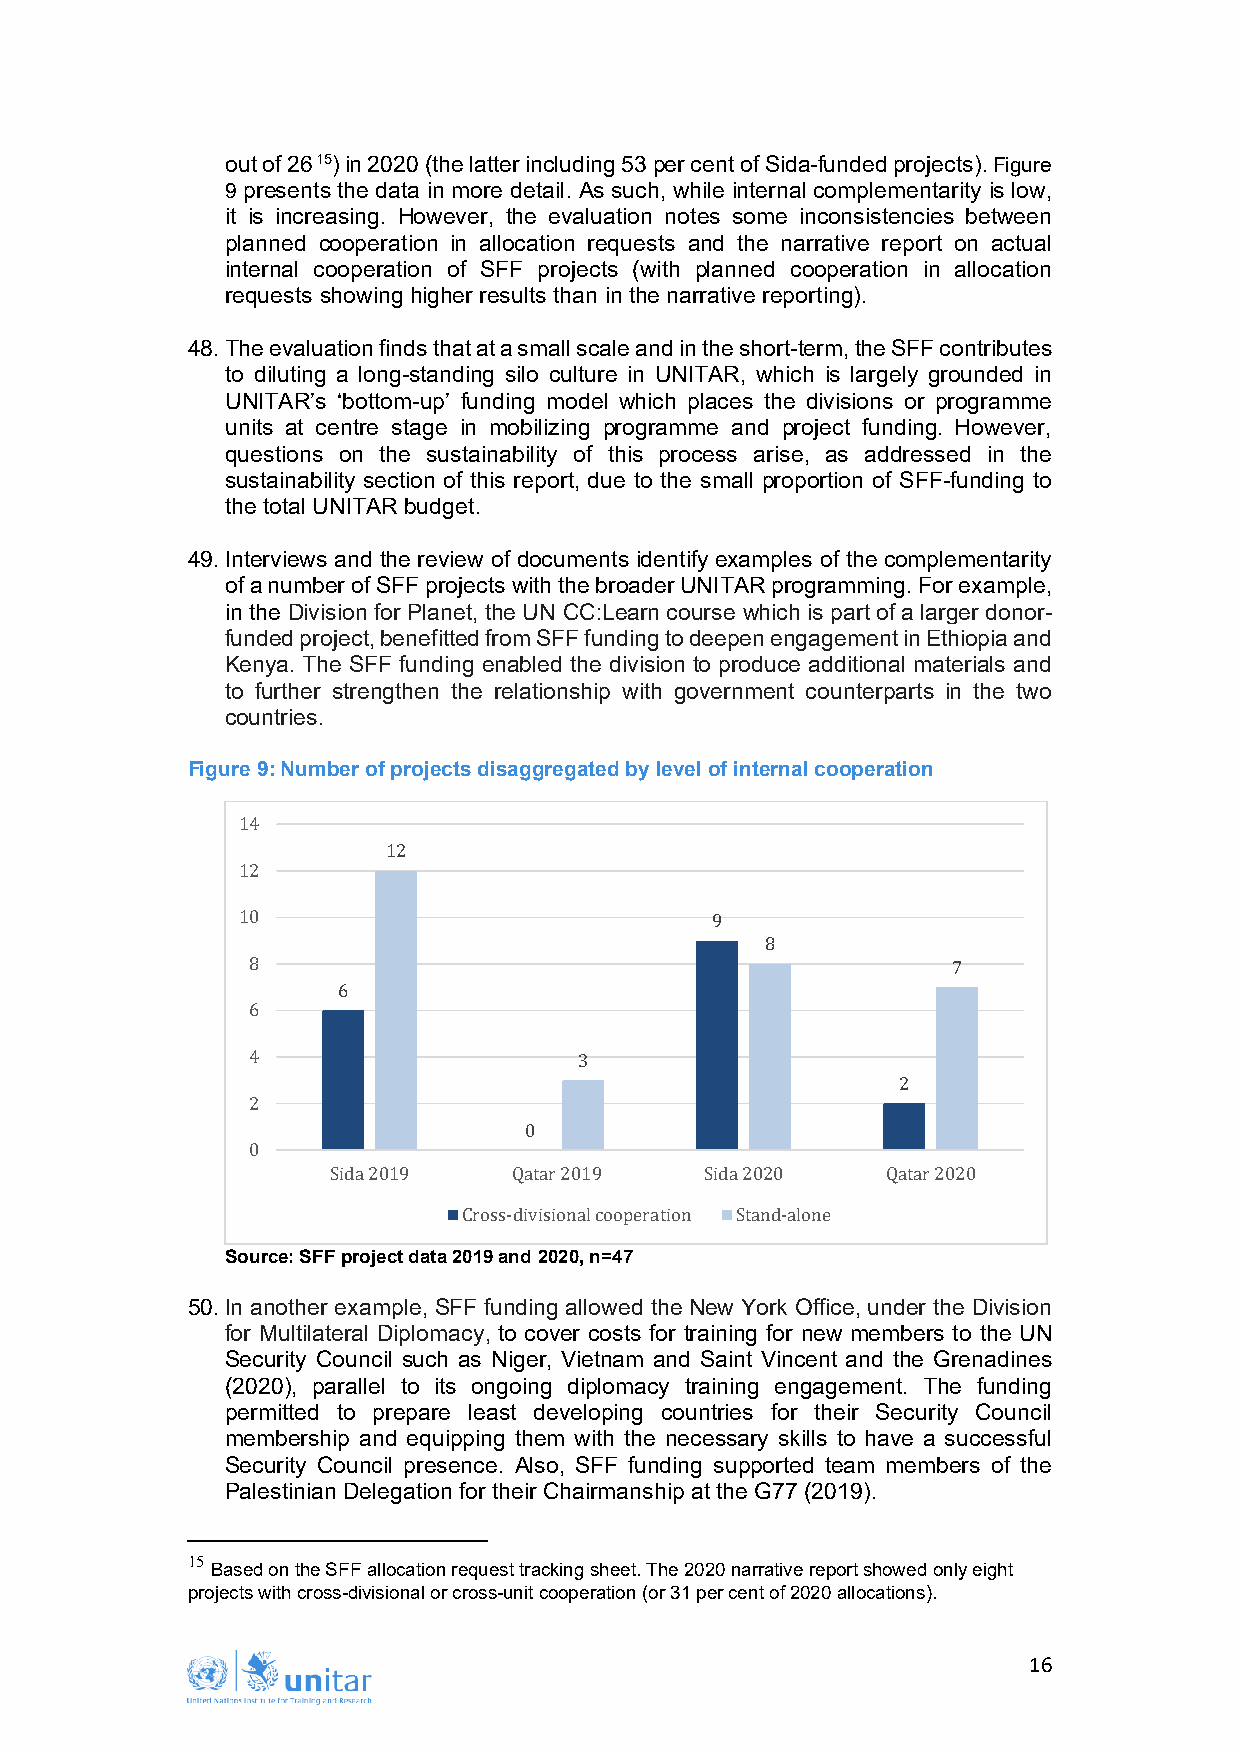
out of 2615) in 2020 (the latter including 53 per cent of Sida-funded projects). Figure
 9 presents the data in more detail. As such, while internal complementarity is low,
 it is increasing. However, the evaluation notes some inconsistencies between
 planned cooperation in allocation requests and the narrative report on actual
 internal cooperation of SFF projects (with planned cooperation in allocation
 requests showing higher results than in the narrative reporting).
 48. The evaluation finds that at a small scale and in the short-term, the SFF contributes
 to diluting a long-standing silo culture in UNITAR, which is largely grounded in
 UNITAR’s ‘bottom-up’ funding model which places the divisions or programme
 units at centre stage in mobilizing programme and project funding. However,
 questions on the sustainability of this process arise, as addressed in the
 sustainability section of this report, due to the small proportion of SFF-funding to
 the total UNITAR budget.
 49. Interviews and the review of documents identify examples of the complementarity
 of a number of SFF projects with the broader UNITAR programming. For example,
 in the Division for Planet, the UN CC:Learn course which is part of a larger donor-
 funded project, benefitted from SFF funding to deepen engagement in Ethiopia and
 Kenya. The SFF funding enabled the division to produce additional materials and
 to further strengthen the relationship with government counterparts in the two
 countries.
 Figure 9: Number of projects disaggregated by level of internal cooperation
 14
 12
 12
 10                             9
 8
 8                                              7
 6
 6
 4                     3
 2
 2
 0
 0
 Sida 2019   Qatar 2019   Sida 2020   Qatar 2020
 Source: SFF project data 2C0r1o9s sa-nddiv i2s0io2n0a, ln c=o4o7p eration Stand-alone
 50. In another example, SFF funding allowed the New York Office, under the Division
 for Multilateral Diplomacy, to cover costs for training for new members to the UN
 Security Council such as Niger, Vietnam and Saint Vincent and the Grenadines
 (2020), parallel to its ongoing diplomacy training engagement. The funding
 permitted to prepare least developing countries for their Security Council
 membership and equipping them with the necessary skills to have a successful
 Security Council presence. Also, SFF funding supported team members of the
 Palestinian Delegation for their Chairmanship at the G77 (2019).
 15
 Based on the SFF allocation request tracking sheet. The 2020 narrative report showed only eight
 projects with cross-divisional or cross-unit cooperation (or 31 per cent of 2020 allocations).
 16